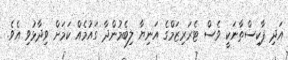
އަދި ޕާކިސްތާނަކީ ވެސް ޓެރަރިޒަމްގެ އަނިޔާ ލިބެމުންދާ ގައުމެއް ކަމަށް ވިދާޅުވި އެވެ.